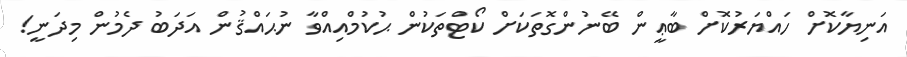
އަނިޔާކޮށް ހައްޔަރުކޮށް ބާޢީން ބޭނުންގޮތަކަށް ކޯޓްތަކުން ޙުކުމްއިއްވާ ނުޙައްޤުން އަދަބު ދެމުން މިދަނީ!